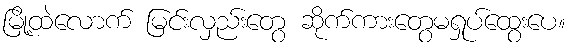
မြို့ထဲလောက် မြင်းလှည်းတွေ ဆိုက်ကားတွေမရှုပ်ထွေးပေ။